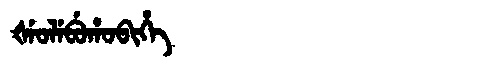
Manchu: ᡧᡝᠣᠯᡝᠪᡠᡥᠣᠪᡳᡥᡝ
Romanization: ŠEOLEBUHOBIHE